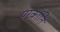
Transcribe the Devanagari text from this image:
परक्रांति